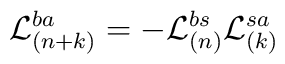
{\cal L}_{(n+k)}^{ba}=-{\cal L}_{(n)}^{bs}{\cal L}_{(k)}^{sa}